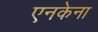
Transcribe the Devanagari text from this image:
एनकेना